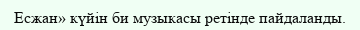
Есжан» күйін би музыкасы ретінде пайдаланды.